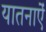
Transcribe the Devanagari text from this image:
यातनाऐं